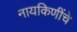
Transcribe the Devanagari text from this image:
नायकिणींचे